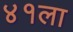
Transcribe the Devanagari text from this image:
४१ला